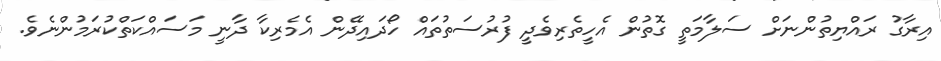
އިރާގު ރައްޔިތުންނަށް ސަލާމަތީ ގޮތުން އެހީތެރިވެދީ ފުރުސަތުތައް ހޯދައިދޭން އެމެރިކާ ދާނީ މަސައްކަތްކުރަމުންނެވެ.